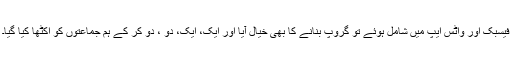
فیسبک اور واٹس ایپ میں شامل ہوئے تو گروپ بنانے کا بھی خیال آیا اور ایک، ایک، دو ، دو کر کے ہم جماعتوں کو اکٹھا کیا گیا۔